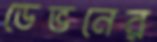
ডেভনের